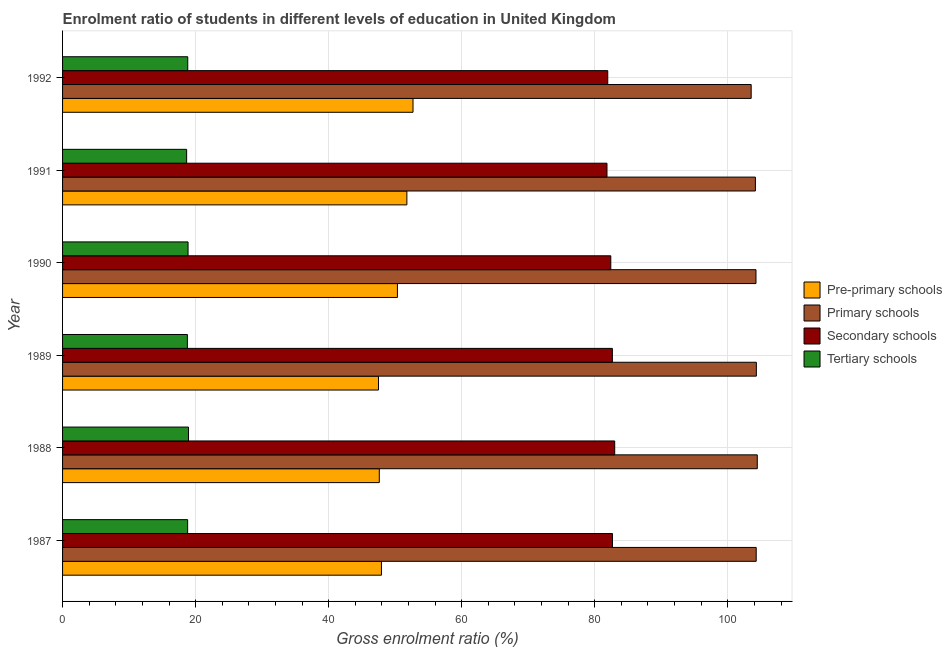
| Year | Pre-primary schools | Primary schools | Secondary schools | Tertiary schools |
 | --- | --- | --- | --- | --- |
 | 1987 | 47.9 | 104 | 82.7 | 18.8 |
 | 1988 | 47.6 | 104 | 83 | 18.9 |
 | 1989 | 47.5 | 104 | 82.7 | 18.8 |
 | 1990 | 50.3 | 104 | 82.4 | 18.9 |
 | 1991 | 51.8 | 104 | 81.8 | 18.7 |
 | 1992 | 52.7 | 104 | 82 | 18.8 |